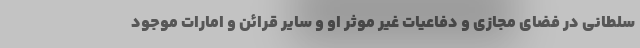
سلطانی در فضای مجازی و دفاعیات غیر موثر او و سایر قرائن و امارات موجود